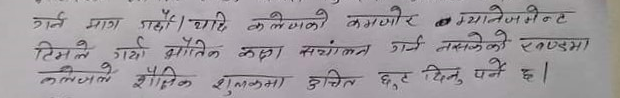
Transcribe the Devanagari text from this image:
गर्न माग गर्दै। यदि कलेजको कमजोर म्यानेजमेन्ट
टिमले गर्दा भौतिक कक्षा संचालन गर्न नसकेको खण्डमा
कलेजले शैक्षिक शुल्कमा हुचित छुट दिनु पर्ने छ।